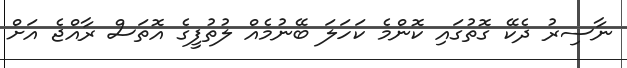
ނާސިރު ދެކޭ ގޮތުގައި ކޮންމެ ކަހަލަ ބޭނުމެއް ލުތުފީގެ އޮތަސް ރާއްޖެ އަށް